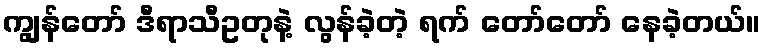
ကျွန်တော် ဒီရာသီဥတုနဲ့ လွန်ခဲ့တဲ့ ရက် တော်တော် နေခဲ့တယ်။